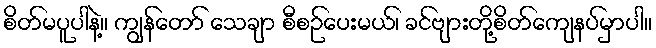
စိတ်မပူပါနဲ့။ ကျွန်တော် သေချာ စီစဉ်ပေးမယ်၊ ခင်ဗျားတို့စိတ်ကျေနပ်မှာပါ။